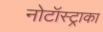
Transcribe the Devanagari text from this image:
नोटॉस्ट्राका